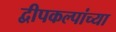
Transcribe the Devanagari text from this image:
द्वीपकल्पांच्या